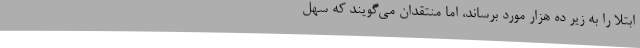
ابتلا را به زیر ده هزار مورد برساند، اما منتقدان می‌گویند که سهل‌